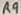
Text: R9